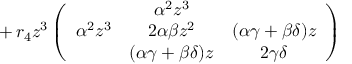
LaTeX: \, + \, r _ { 4 } z ^ { 3 } \left( \begin{array} { c c c } { { } } & { { \alpha ^ { 2 } z ^ { 3 } } } & { { } } \\ { { \alpha ^ { 2 } z ^ { 3 } } } & { { 2 \alpha \beta z ^ { 2 } } } & { { ( \alpha \gamma + \beta \delta ) z } } \\ { { } } & { { ( \alpha \gamma + \beta \delta ) z } } & { { 2 \gamma \delta } } \end{array} \right)